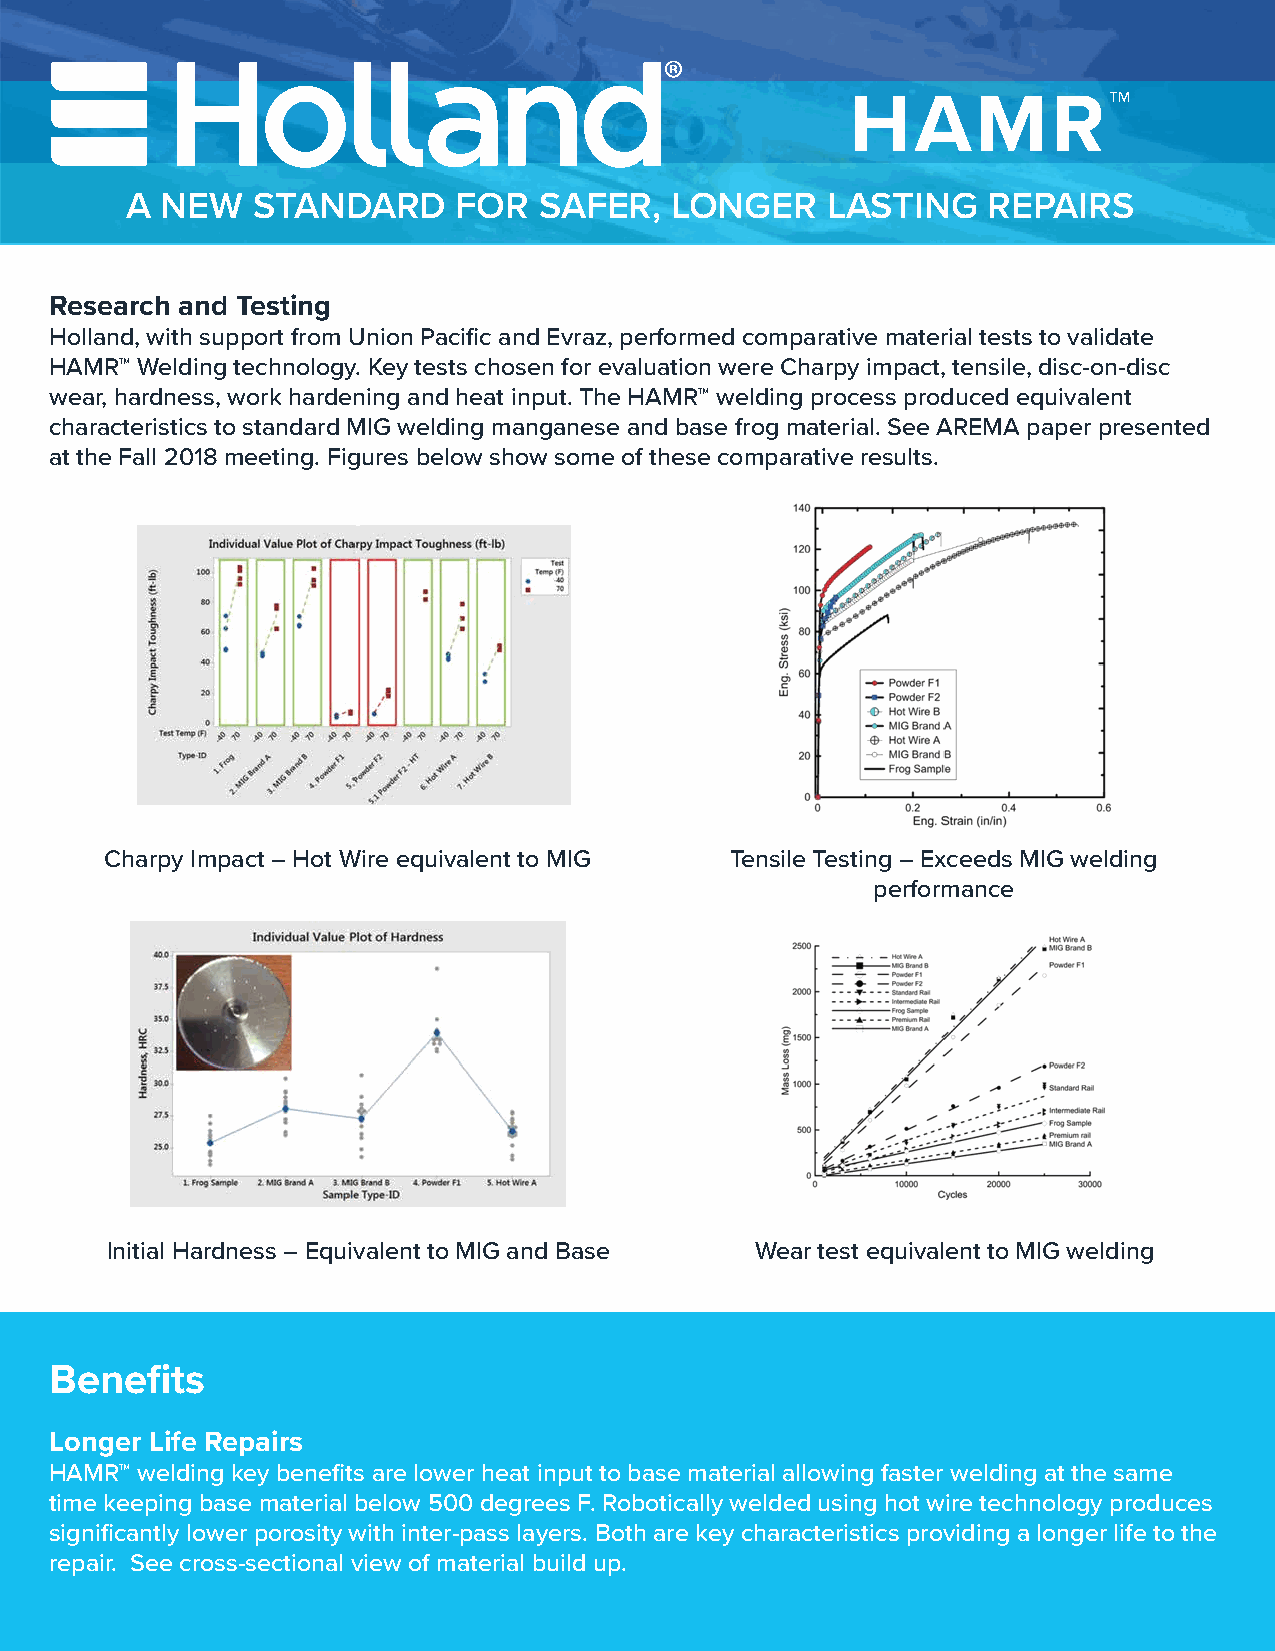
HAMR™
 A  NEW   STANDARD     FOR   SAFER,  LONGER     LASTING   REPAIRS
 Research and Testing
 Holland, with support from Union Pacific and Evraz, performed comparative material tests to validate
 HAMR™ Welding technology. Key tests chosen for evaluation were Charpy impact, tensile, disc-on-disc
 wear, hardness, work hardening and heat input. The HAMR™ welding process produced equivalent
 characteristics to standard MIG welding manganese and base frog material. See AREMA paper presented
 at the Fall 2018 meeting. Figures below show some of these comparative results.
 Charpy Impact – Hot Wire equivalent to MIG Tensile Testing – Exceeds MIG welding
 performance
 Initial Hardness – Equivalent to MIG and Base Wear test equivalent to MIG welding
 Benefits
 Longer Life Repairs
 HAMR™ welding key benefits are lower heat input to base material allowing faster welding at the same
 time keeping base material below 500 degrees F. Robotically welded using hot wire technology produces
 significantly lower porosity with inter-pass layers. Both are key characteristics providing a longer life to the
 repair. See cross-sectional view of material build up.